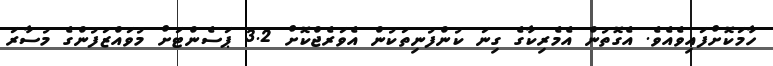
ހާމަކޮށްފައިވެއެވެ. އެގޮތުން އެމެރިކާގެ ގިނަ ކުންފުނިތަކުން އެވަރެޖްކޮށް 3.2 ޕަސެންޓަށް މުވައްޒަފުންގެ މުސާރަ